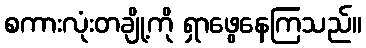
စကားလုံးတချို့ကို ရှာဖွေနေကြသည်။